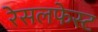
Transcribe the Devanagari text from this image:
रेसलफेस्ट